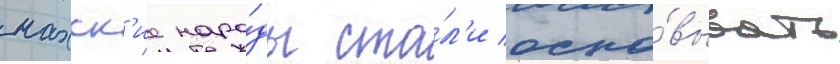
нахск'ие наро́ды ста́л'и осно́вывать